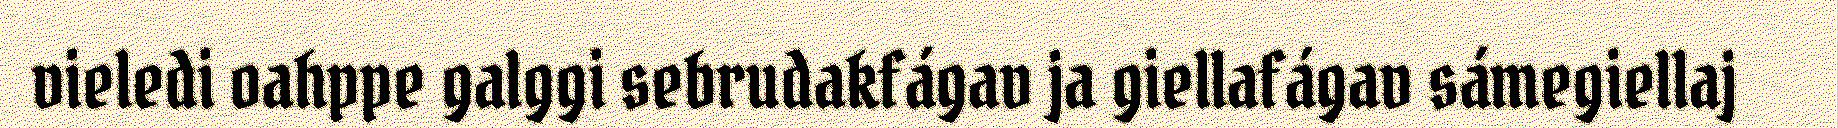
vieledi oahppe galggi sebrudakfágav ja giellafágav sámegiellaj